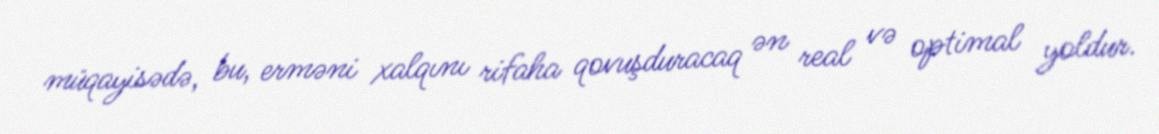
müqayisədə, bu, erməni xalqını rifaha qovuşduracaq ən real və optimal yoldur.